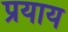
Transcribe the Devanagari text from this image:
प्रयाय